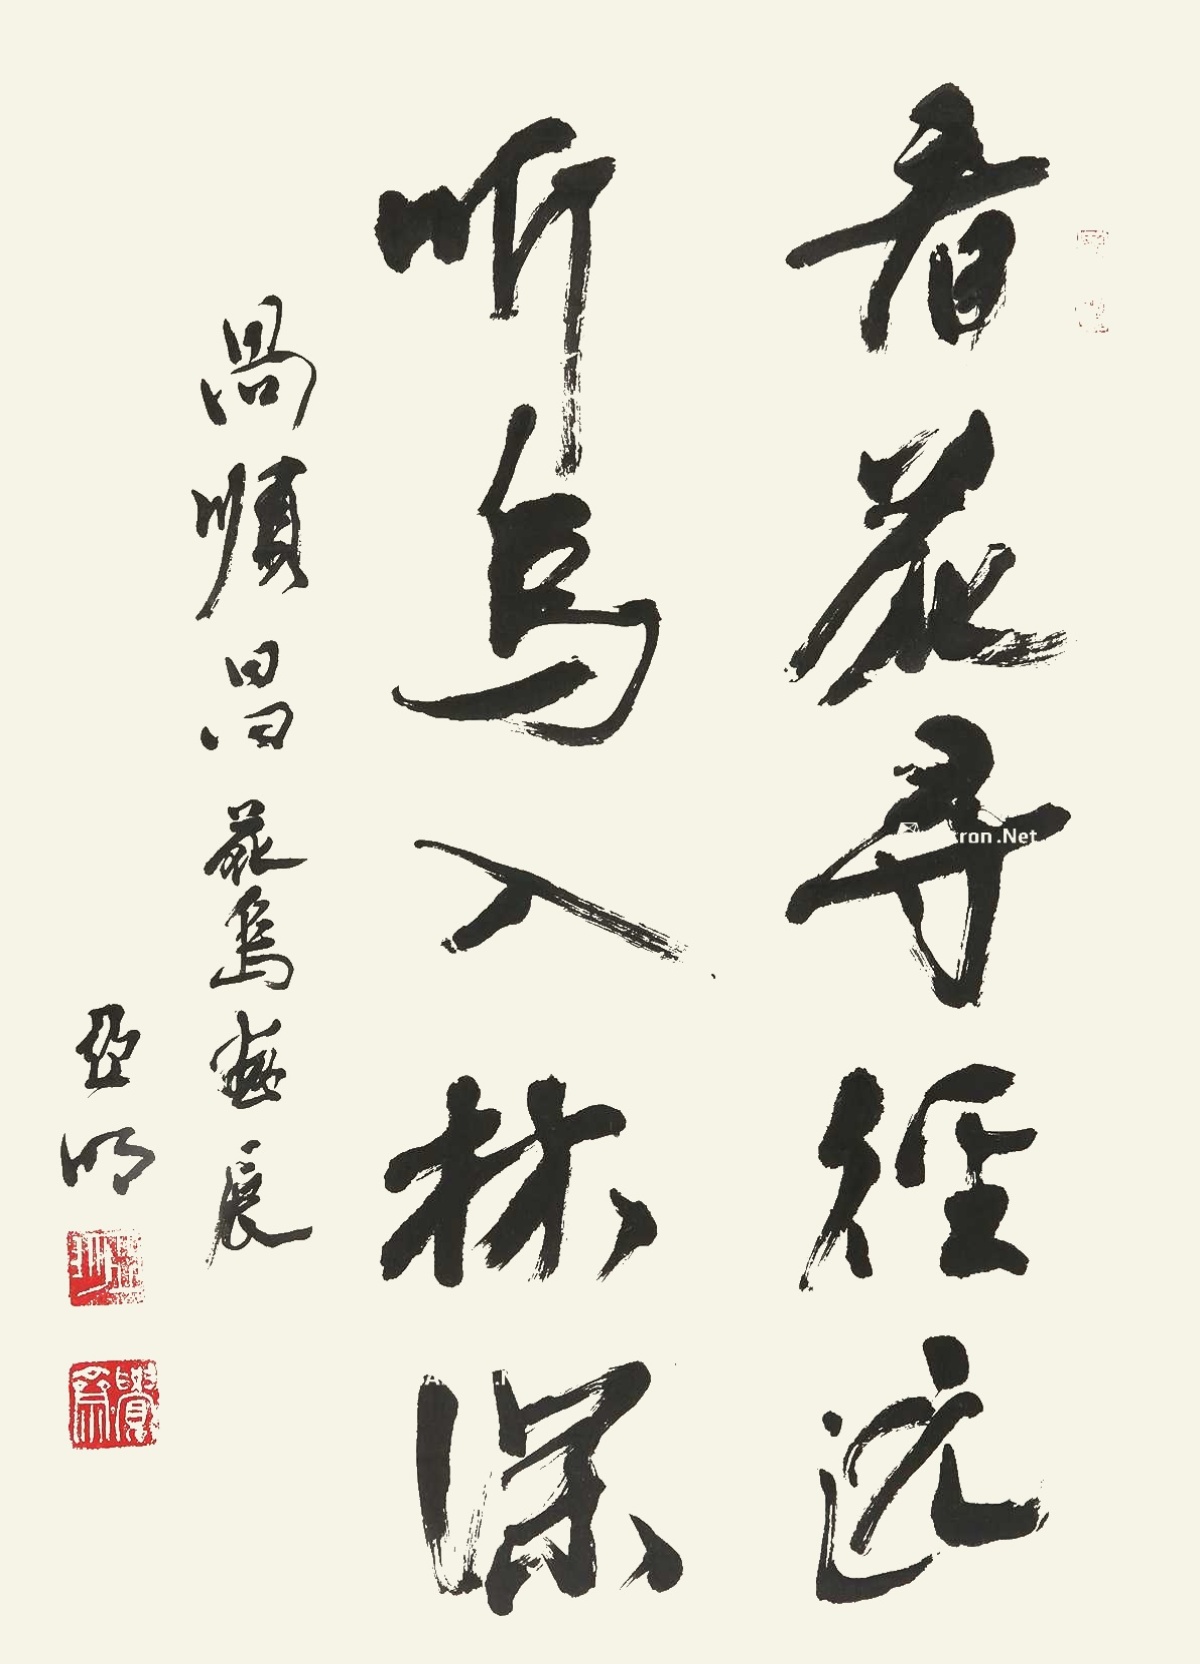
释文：看花寻径远，听鸟入林深。呙顺昌花鸟画展。亚明。